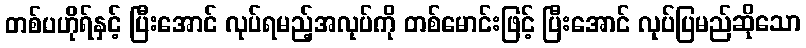
တစ်ပဟိုရ်နှင့် ပြီးအောင် လုပ်ရမည့်အလုပ်ကို တစ်မောင်းဖြင့် ပြီးအောင် လုပ်ပြမည်ဆိုသော